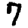
Digit: 7